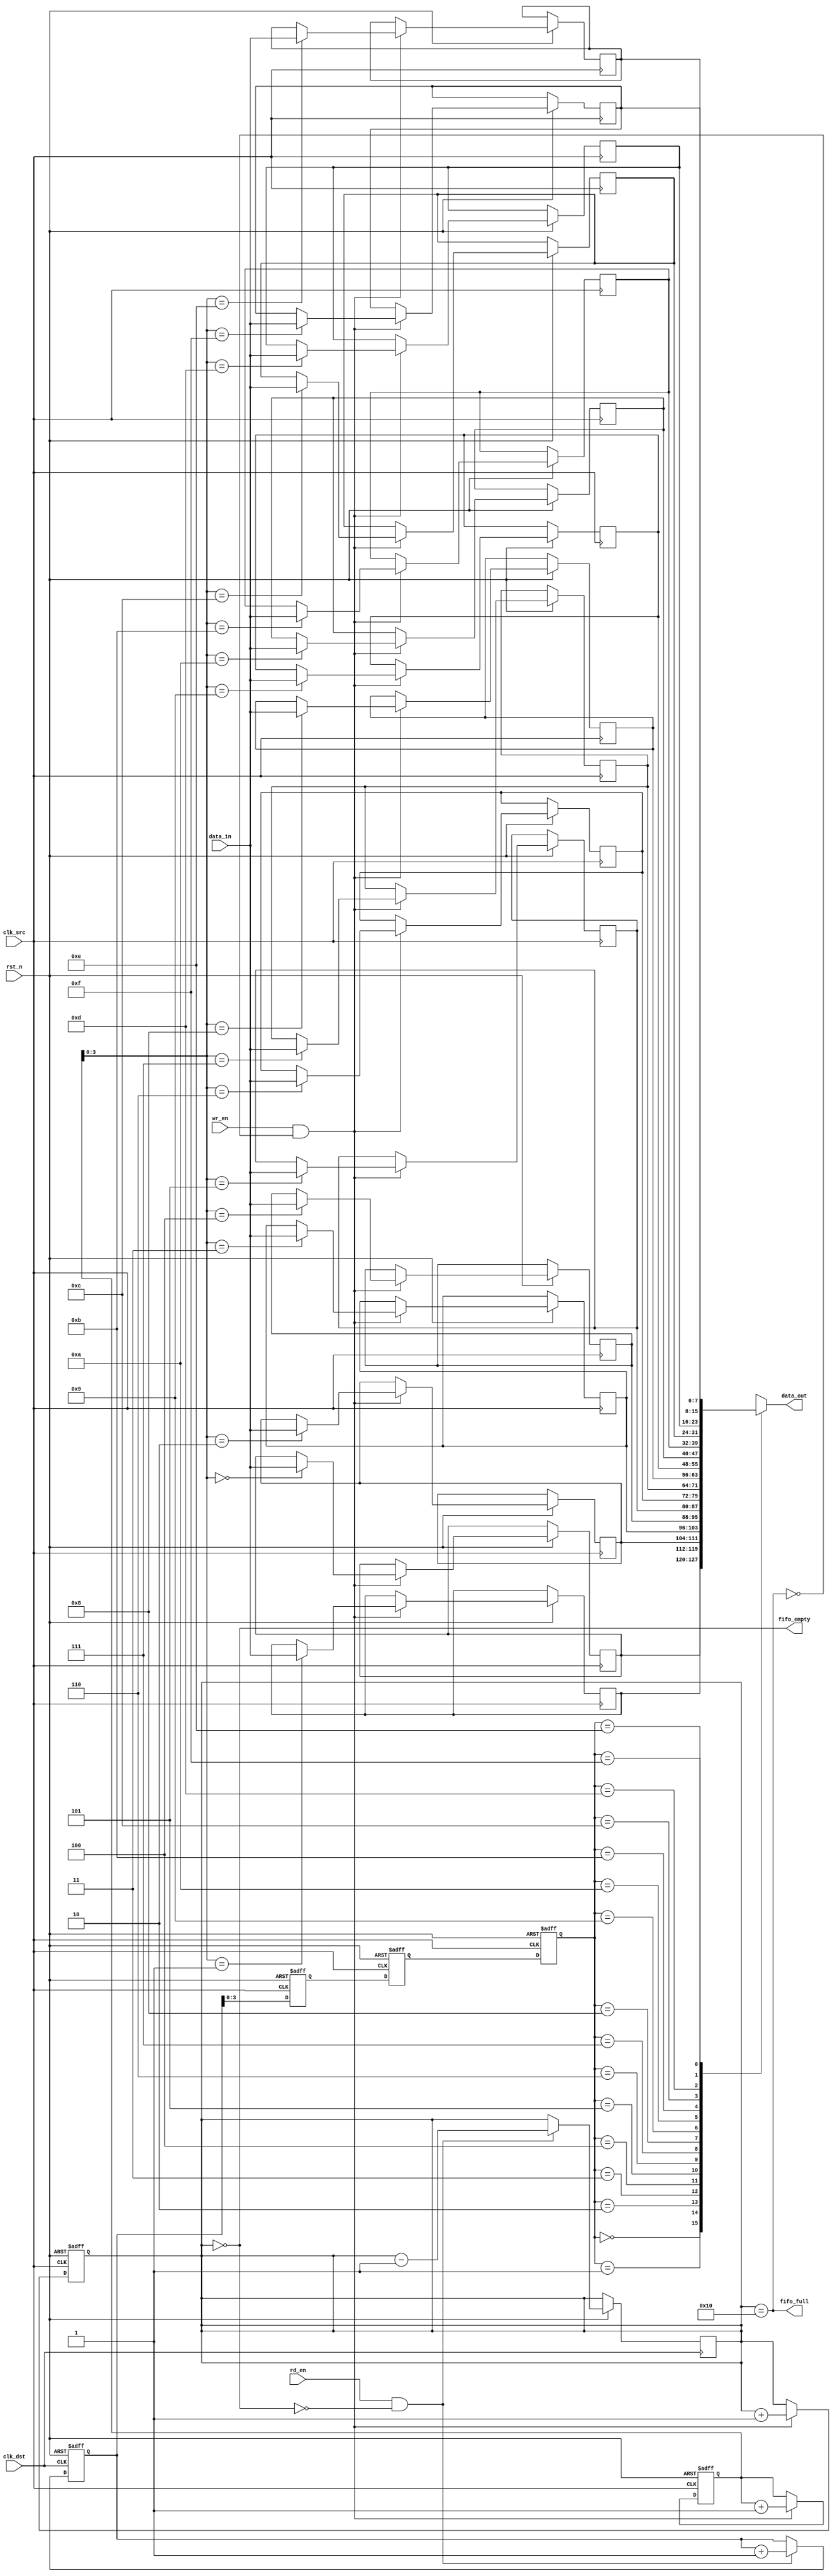
module fifo_sync #(
    parameter DATA_WIDTH = 8,
    parameter FIFO_DEPTH = 16
)(
    input wire clk_src,             // Clock for source domain
    input wire clk_dst,             // Clock for destination domain
    input wire rst_n,               // Asynchronous active-low reset
    input wire wr_en,               // Write enable
    input wire [DATA_WIDTH-1:0] data_in, // Data input
    output wire fifo_full,          // FIFO full flag
    input wire rd_en,               // Read enable
    output wire [DATA_WIDTH-1:0] data_out, // Data output
    output wire fifo_empty          // FIFO empty flag
);

    // FIFO Memory
    reg [DATA_WIDTH-1:0] fifo_mem [0:FIFO_DEPTH-1];
    reg [4:0] wr_ptr;
    reg [4:0] rd_ptr;
    reg [4:0] fifo_count;

    // Synchronization for write pointer
    reg [4:0] wr_ptr_sync;
    reg [4:0] wr_ptr_sync_1;
    reg [4:0] wr_ptr_sync_2;

    // Synchronization for read pointer
    reg [4:0] rd_ptr_sync;
    reg [4:0] rd_ptr_sync_1;
    reg [4:0] rd_ptr_sync_2;

    // Asynchronous reset logic
    always @(posedge clk_src or negedge rst_n) begin
        if (!rst_n) begin
            wr_ptr <= 5'd0;
            fifo_count <= 5'd0;
        end else if (wr_en && !fifo_full) begin
            fifo_mem[wr_ptr] <= data_in; // Write data to FIFO
            wr_ptr <= wr_ptr + 1'b1;      // Increment write pointer
            fifo_count <= fifo_count + 1'b1; // Increment FIFO count
        end
    end

    // FIFO full flag
    assign fifo_full = (fifo_count == FIFO_DEPTH);

    // Asynchronous reset logic for read pointer
    always @(posedge clk_dst or negedge rst_n) begin
        if (!rst_n) begin
            rd_ptr <= 5'd0;
        end else if (rd_en && !fifo_empty) begin
            rd_ptr <= rd_ptr + 1'b1;      // Increment read pointer
            fifo_count <= fifo_count - 1'b1; // Decrement FIFO count
        end
    end

    // FIFO empty flag
    assign fifo_empty = (fifo_count == 0);

    // Sync write pointer to destination clock domain
    always @(posedge clk_dst or negedge rst_n) begin
        if (!rst_n) begin
            wr_ptr_sync <= 5'd0;
            wr_ptr_sync_1 <= 5'd0;
            wr_ptr_sync_2 <= 5'd0;
        end else begin
            wr_ptr_sync <= wr_ptr; // Capture write pointer
            wr_ptr_sync_1 <= wr_ptr_sync;
            wr_ptr_sync_2 <= wr_ptr_sync_1;
        end
    end

    // Read data from FIFO
    assign data_out = fifo_mem[rd_ptr_sync_2];

    // Sync read pointer to source clock domain
    always @(posedge clk_src or negedge rst_n) begin
        if (!rst_n) begin
            rd_ptr_sync <= 5'd0;
            rd_ptr_sync_1 <= 5'd0;
            rd_ptr_sync_2 <= 5'd0;
        end else begin
            rd_ptr_sync <= rd_ptr; // Capture read pointer
            rd_ptr_sync_1 <= rd_ptr_sync;
            rd_ptr_sync_2 <= rd_ptr_sync_1;
        end
    end

endmodule